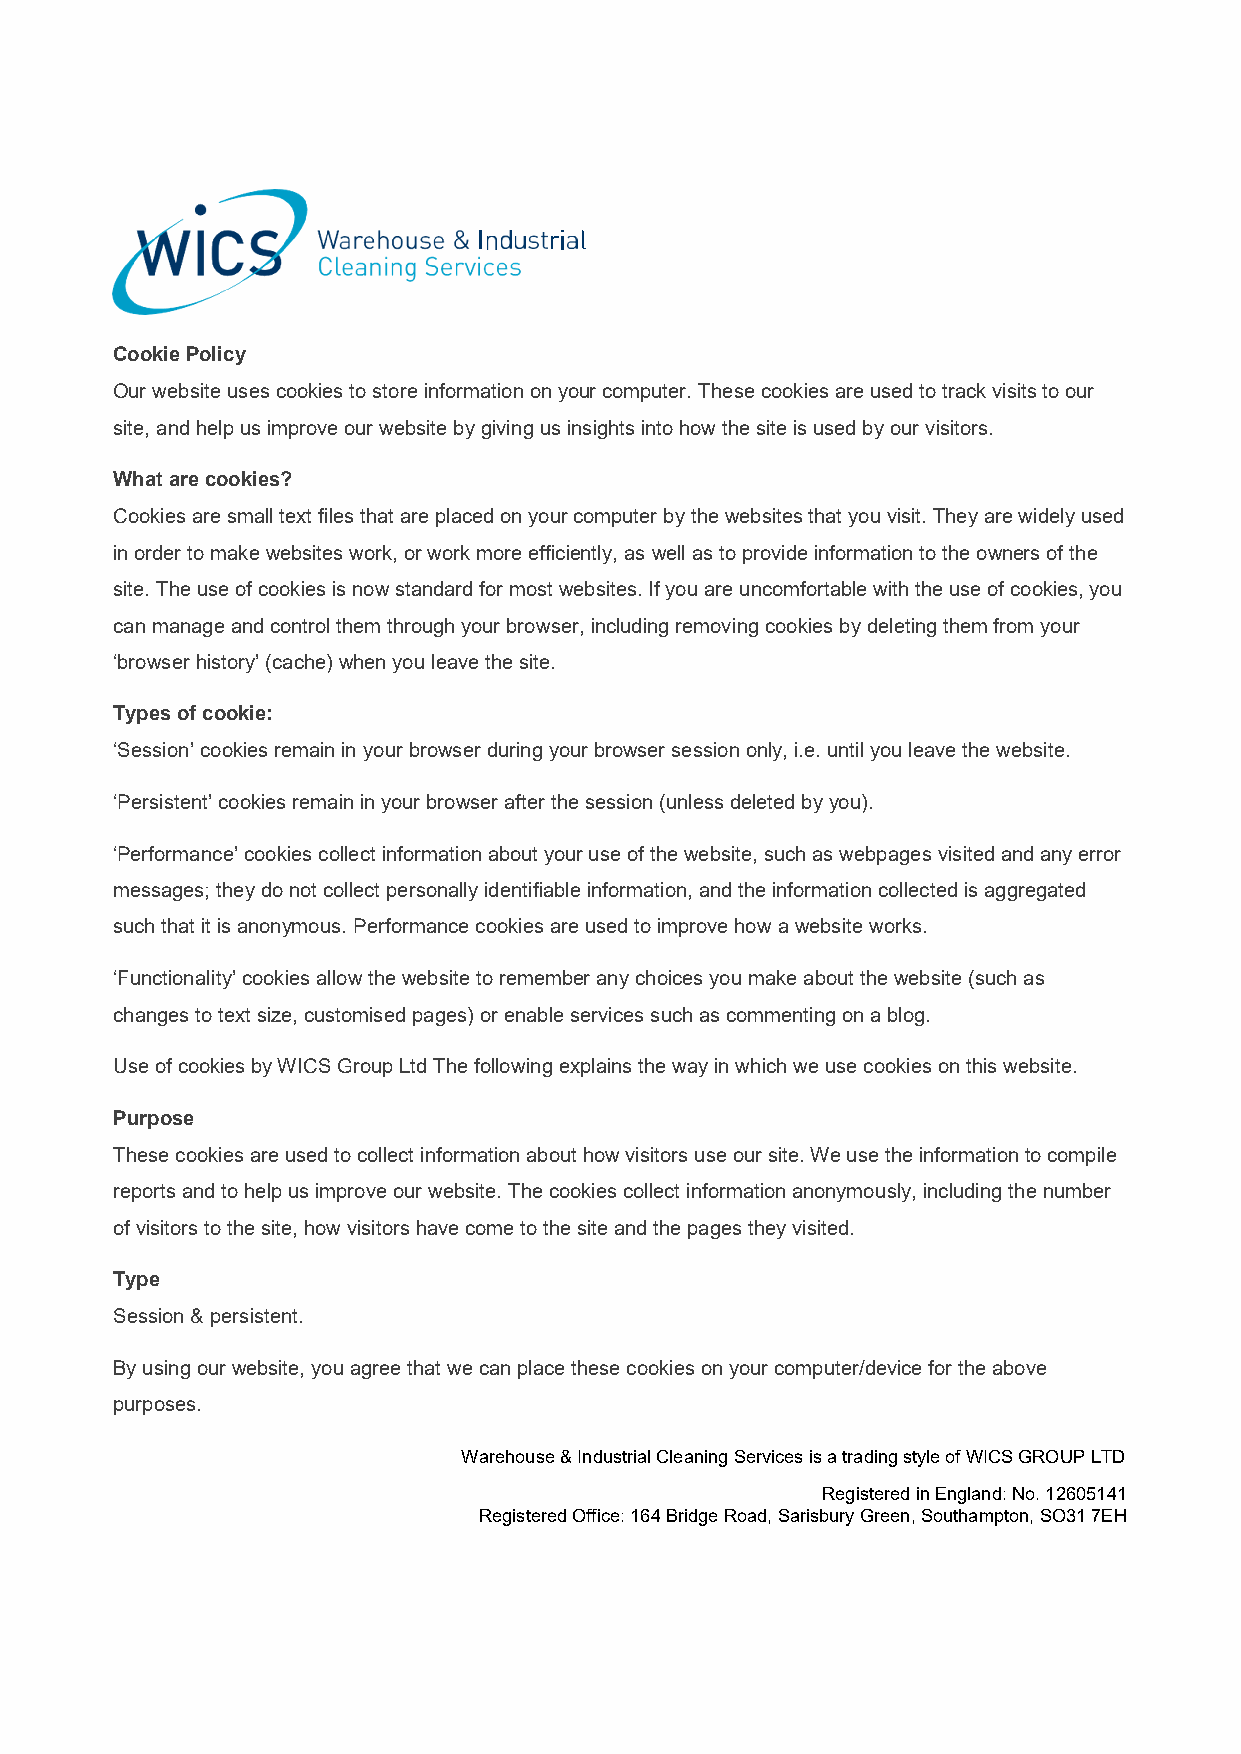
Cookie Policy
 Our website uses cookies to store information on your computer. These cookies are used to track visits to our
 site, and help us improve our website by giving us insights into how the site is used by our visitors.
 What are cookies?
 Cookies are small text files that are placed on your computer by the websites that you visit. They are widely used
 in order to make websites work, or work more efficiently, as well as to provide information to the owners of the
 site. The use of cookies is now standard for most websites. If you are uncomfortable with the use of cookies, you
 can manage and control them through your browser, including removing cookies by deleting them from your
 ‘browser history’ (cache) when you leave the site.
 Types of cookie:
 ‘Session’ cookies remain in your browser during your browser session only, i.e. until you leave the website.
 ‘Persistent’ cookies remain in your browser after the session (unless deleted by you).
 ‘Performance’ cookies collect information about your use of the website, such as webpages visited and any error
 messages; they do not collect personally identifiable information, and the information collected is aggregated
 such that it is anonymous. Performance cookies are used to improve how a website works.
 ‘Functionality’ cookies allow the website to remember any choices you make about the website (such as
 changes to text size, customised pages) or enable services such as commenting on a blog.
 Use of cookies by WICS Group Ltd The following explains the way in which we use cookies on this website.
 Purpose
 These cookies are used to collect information about how visitors use our site. We use the information to compile
 reports and to help us improve our website. The cookies collect information anonymously, including the number
 of visitors to the site, how visitors have come to the site and the pages they visited.
 Type
 Session & persistent.
 By using our website, you agree that we can place these cookies on your computer/device for the above
 purposes.
 Warehouse & Industrial Cleaning Services is a trading style of WICS GROUP LTD
 Registered in England: No. 12605141
 Registered Office: 164 Bridge Road, Sarisbury Green, Southampton, SO31 7EH